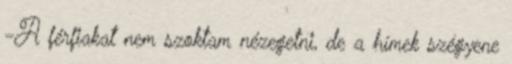
-A férfiakat nem szoktam nézegetni, de a hímek szégyene